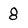
Character: 8